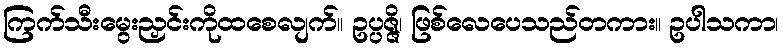
ကြက်သီးမွေးညှင်းကိုထစေလျက်။ ဥပ္ပဇ္ဇိ၊ ဖြစ်လေပေသည်တကား။ ဥပါသကာ၊